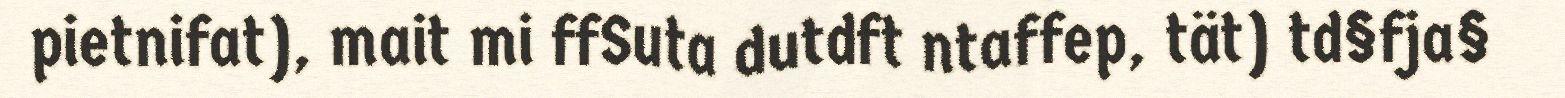
pietnifat), mait mi ffSuta dutdft ntaffep, tät) td§fja§